Annual administration and progress report of the Indian Medical Department, Bombay
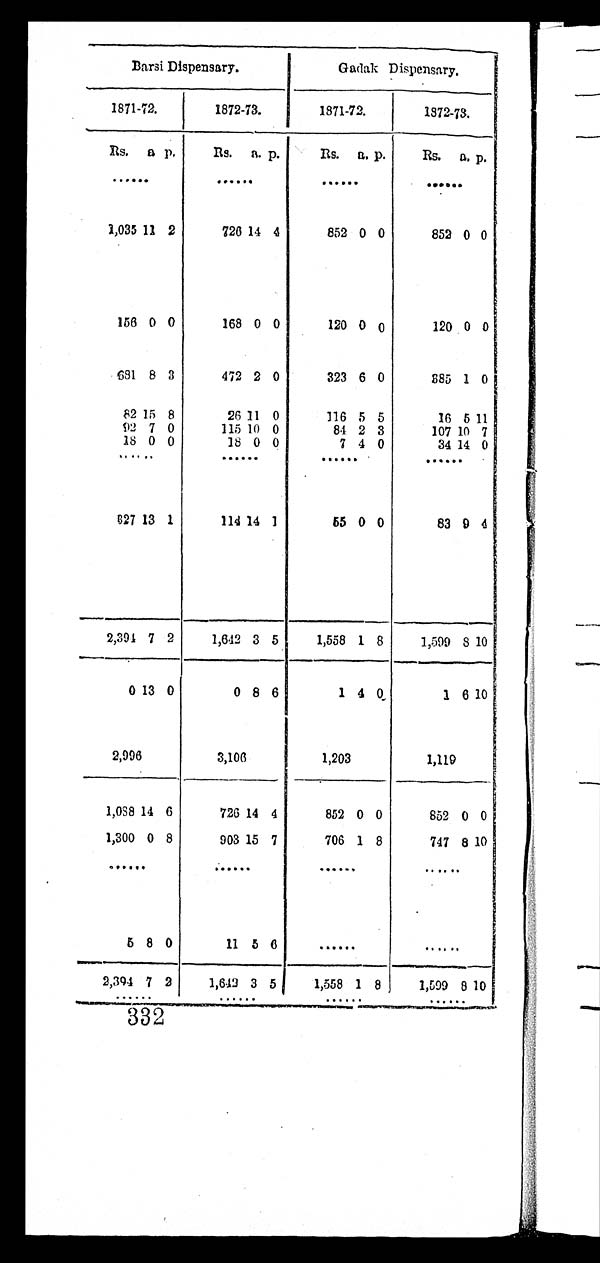
Barsi Dispensary.
Gadak Dispensary.
1871-72.
1872-73.
1871-72.
1872-73.
Rs.
a p.
Rs.
a. p.
Rs.
a. p.
Rs.
a. p.
. . .
. . .
. . .. . .
1,035 11 2
726 14 4
852 0 0
852 0 0
156 0 0
168 0 0
120 0 0
120 0 0
681 8 3
472 2 0
323 6 0
185 1 0
82 15 8
26 11 0
116 5 5
16
5
11
92 7 0
115 10 0
84 2 3
107 10 7
18 0 0
18 0 0
7 4 0
34 14 0
. . .
. . .
. . .
. . .
827 13 1
114 14 1
65 0 0
83 9 4
2,394 7 2
1,642 3 5
1,558 1 8
1,599 8 10
0 13 0
0 8 6
1 4
0
1
6 10
2,996
3,106
1,203
1,119
1,088 14 6
726 14 4
852 0 0
852 0 0
1,300 0 8
903 15 7
706 1 8
747 8 10
. . .
. . .
. . .
. . .
5 8 0
11 5 6
. . .
. . .
2,394 7 2
1,642 3 5
1,558 1 8
1,599 8 10
. . .
. . .
. . .
. . .
332